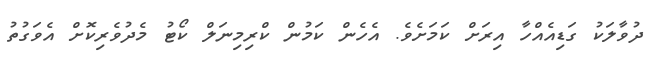
ދުވާލަކު ގަޑިއެއްހާ އިރަށް ކަމަށެވެ. އެހެން ކަމުން ކްރިމިނަލް ކޯޓު މެދުވެރިކޮށް އެވަގުތު